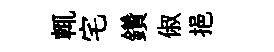
輒宅鑽俶挹